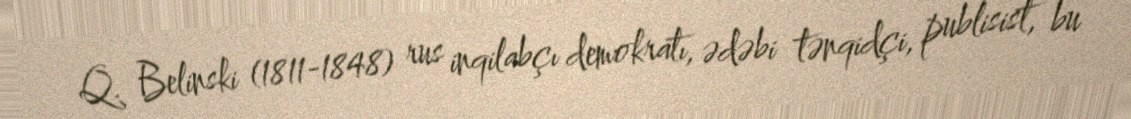
Q. Belinski (1811-1848) rus inqilabçı demokratı, ədəbi tənqidçi, publisist, bu